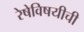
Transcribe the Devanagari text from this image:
रेषेविषयीची